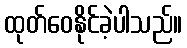
ထုတ်ဝေနိုင်ခဲ့ပါသည်။